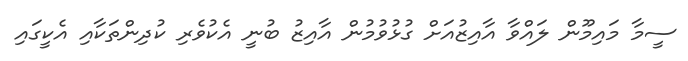
ސީމާ މައިމޫން ލައްވާ އާއިޒުއަށް ގުޅުވުމުން އާއިޒު ބުނީ އެކުވެރި ކުދިންތަކާއި އެކީގައި